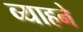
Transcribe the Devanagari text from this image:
व्याहने